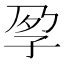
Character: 𡥗